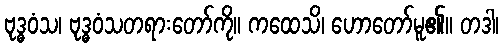
ဗုဒ္ဓဝံသ၊ ဗုဒ္ဓဝံသတရားတော်ကို။ ကထေသိ၊ ဟောတော်မူ၏။ တဒါ၊